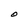
Character: O